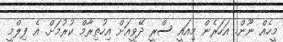
މީހެއް ނޫން. އަހަރެން މިއައީ ސްރީ ދޭވީއަށް އިހުތިރާމް ކުރުމަށް. އެ ފިލްމީ